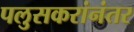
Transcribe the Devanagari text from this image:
पलुसकरांनंतर